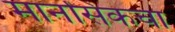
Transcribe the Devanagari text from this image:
मानसिकचा